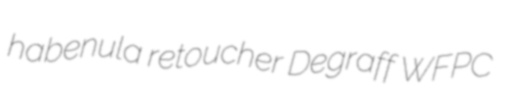
habenula retoucher Degraff WFPC